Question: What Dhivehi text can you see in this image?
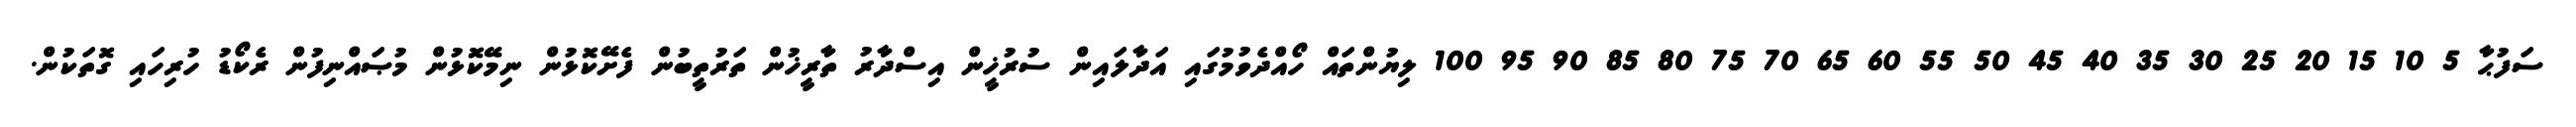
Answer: ސަފުޙާ 5 10 15 20 25 30 35 40 45 50 55 60 65 70 75 80 85 90 95 100 ލިޔުންތައް ހޯއްދެވުމުގައި އަދާލައިން ސުރުޚީން އިސްދާރު ތާރީޚުން ތަރުތީބުން ފެށޭކޮޅުން ނިމޭކޮޅުން މުޞައްނިފުން ރެކޯޑު ހުރިހައި ގޮތަކުން.